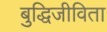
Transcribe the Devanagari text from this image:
बुद्धिजीविता